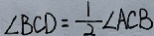
\angle B C D = \frac { 1 } { 2 } \angle A C B